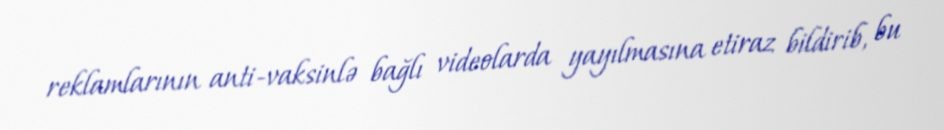
reklamlarının anti-vaksinlə bağlı videolarda yayılmasına etiraz bildirib, bu